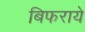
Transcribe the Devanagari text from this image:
बिफराये